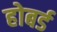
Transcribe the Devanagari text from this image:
होबर्ड